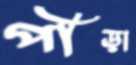
পীড়া